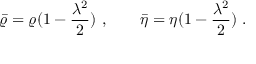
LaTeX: \bar { \varrho } = \varrho ( 1 - \frac { \lambda ^ { 2 } } { 2 } ) ~ , \qquad \bar { \eta } = \eta ( 1 - \frac { \lambda ^ { 2 } } { 2 } ) ~ .